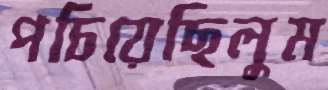
পচিয়েছিলুম